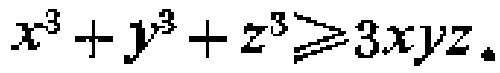
\(x^{3}+y^{3}+z^{3}\geqslant3xyz\)